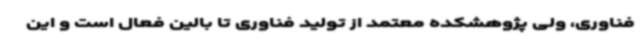
فناوری، ولی پژوهشکده معتمد از تولید فناوری تا بالین فعال است و این